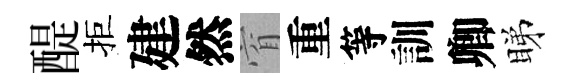
醍拒建然窅重等訓卿睇